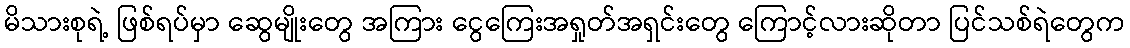
မိသားစုရဲ့ ဖြစ်ရပ်မှာ ဆွေမျိုးတွေ အကြား ငွေကြေးအရှုတ်အရှင်းတွေ ကြောင့်လားဆိုတာ ပြင်သစ်ရဲတွေက